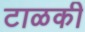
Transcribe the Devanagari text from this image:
टाळकी